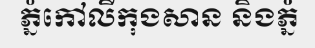
ភ្នំកៅលីកុងសាន និងភ្នំ